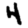
Digit: 4